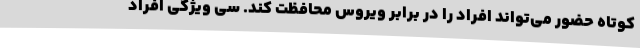
کوتاه حضور می‌تواند افراد را در برابر ویروس محافظت کند. سی ویژگی افراد